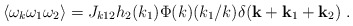
\begin{align*}\langle\omega\sb k\omega\sb1\omega\sb2\rangle=J_{k12}h_2(k_1)\Phi(k)(k\sb1/k)\delta({\bf k}+{\bf k}\sb1+{\bf k}\sb2)\ .\end{align*}